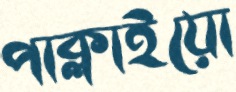
পাক্‌লাইয়ো